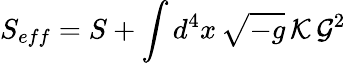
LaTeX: S_{eff}=S+\int d^{4}x\, \sqrt{-g}\, {\cal K}\, {\cal G}^{2}